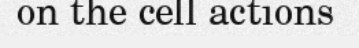
on the cell actions